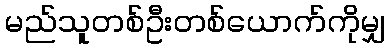
မည်သူတစ်ဦးတစ်ယောက်ကိုမျှ